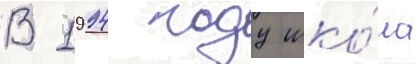
В 1994 году шко́ла